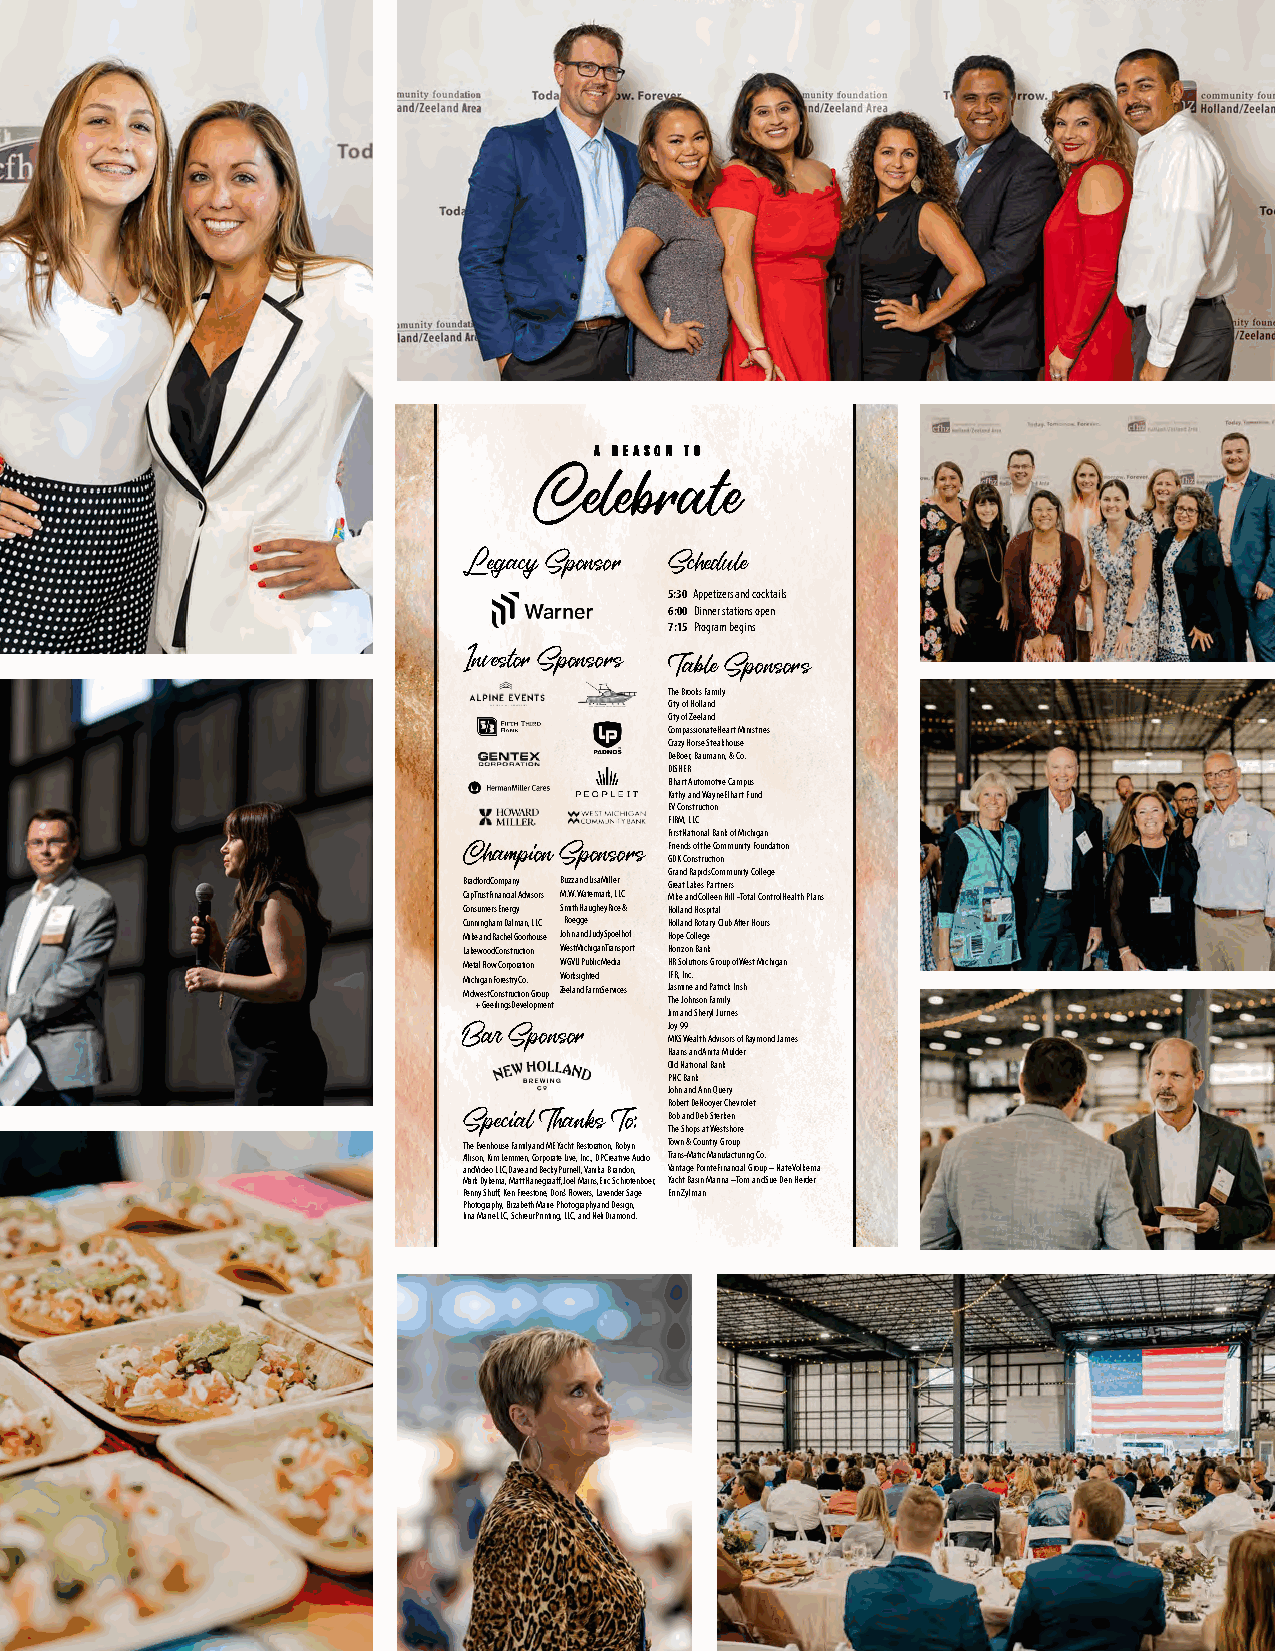
AA RREEAASSOONN TTOO
 Celebrate
 Legacy Sponsor Schedule
 5:30 Appetizers and cocktails
 6:00 Dinner stations open
 7:15 Program begins
 Investor Sponsors Table Sponsors
 The Brooks Family
 City of Holland
 City of Zeeland
 Compassionate Heart Ministries
 Crazy Horse Steakhouse
 DeBoer, Baumann, & Co.
 DISHER
 Elhart Automotive Campus
 Kathy and Wayne Elhart Fund
 EV Construction
 FIRM, LLC
 First National Bank of Michigan
 Champion Sponsors Friends of the Community Foundation
 GDK Construction
 Grand Rapids Community College
 Bradford Company Buzz and Lisa Miller Great Lakes Partners
 CapTrust Financial Advisors M.W. Watermark, LLC Mike and Colleen Hill - Total Control Health Plans
 Consumers Energy Smith Haughey Rice & Holland Hospital
 Cunningham Dalman, LLC Roegge Holland Rotary Club After Hours
 Mike and Rachel Goorhouse John and Judy Spoelhof Hope College
 Lakewood Construction West Michigan Transport Horizon Bank
 Metal Flow Corporation WGVU Public Media HR Solutions Group of West Michigan
 Michigan Forestry Co. Worksighted IFR, Inc.
 Midwest Construction Group Zeeland Farm Services Jasmine and Patrick Irish
 + Geerlings Development The Johnson Family
 Jim and Sheryl Jurries
 Bar Sponsor  Joy 99
 MKS Wealth Advisors of Raymond James
 Haans and Anita Mulder
 Old National Bank
 PNC Bank
 John and Ann Query
 Special Thanks To: Robert DeNooyer Chevrolet
 Bob and Deb Sterken
 The Shops at Westshore
 The Evenhouse Family and ME Yacht Restoration, Robyn Town & Country Group
 Allison, Kim Lemmen, Corporate Live, Inc., DP Creative Audio Trans-Matic Manufacturing Co.
 and Video LLC, Dave and Becky Purnell, Vanika Brandon, Vantage Pointe Financial Group – Nate Volkema
 Mark Dykema, Matt Hanegraaff, Joel Mains, Eric Schrotenboer, Yacht Basin Marina – Tom and Sue Den Herder
 Penny Shuff, Ken Freestone, Don’s Flowers, Lavender Sage Erin Zylman
 Photography, Elizabeth Marie Photography and Design,
 Lina Marie LLC, Schreur Printing, LLC, and Neil Diamond.
 WINTER 2021 CFHZ NEWSLETTER 4